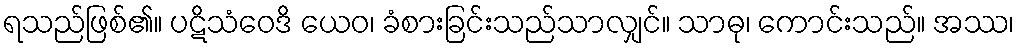
ရသည်ဖြစ်၏။ ပဋိသံဝေဒိ ယေဝ၊ ခံစားခြင်းသည်သာလျှင်။ သာဓု၊ ကောင်းသည်။ အဿ၊